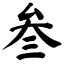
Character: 叁